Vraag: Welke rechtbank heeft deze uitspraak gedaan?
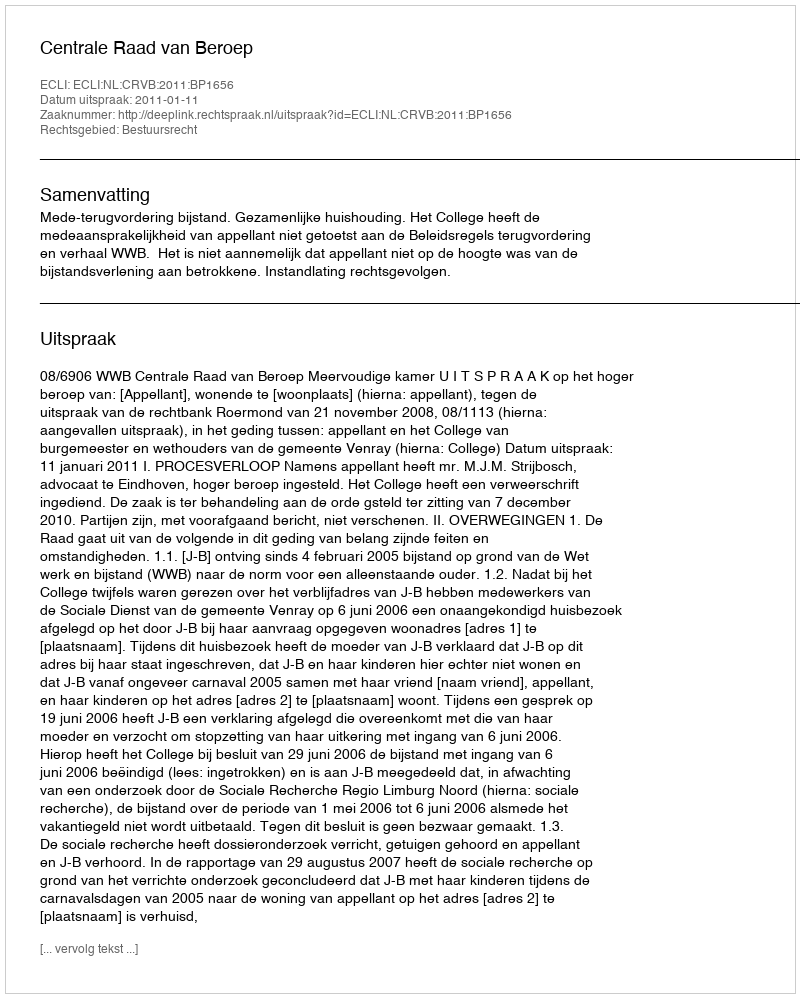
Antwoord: Centrale Raad van Beroep